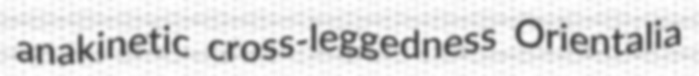
anakinetic cross-leggedness Orientalia